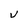
Character: U